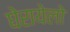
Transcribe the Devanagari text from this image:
घेरायेलो